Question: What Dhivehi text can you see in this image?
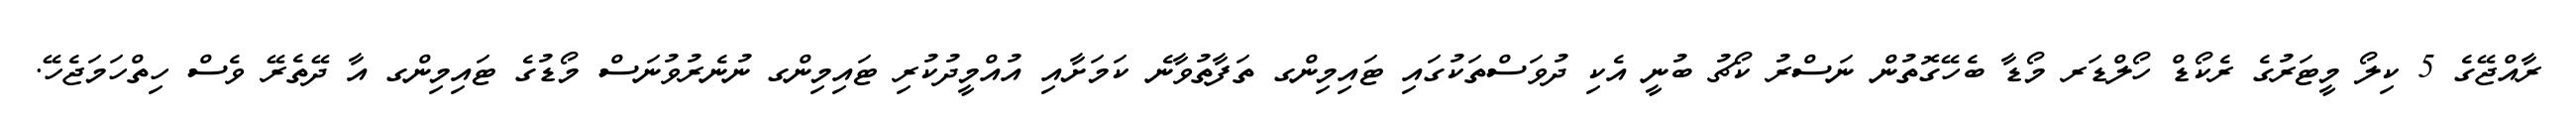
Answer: ރާއްޖޭގެ 5 ކިލޯ މީޓަރުގެ ރެކޯޑް ހޯލްޑަރ މޯޑާ ބެހޭގޮތުން ނަސްރު ކޯޗު ބުނީ އެކި ދުވަސްތަކުގައި ޓައިމިންގ ތަފާތުވާނެ ކަމަށާއި އުއްމީދުކުރި ޓައިމިންގ ނުނެރުވުނަސް މޯޑުގެ ޓައިމިންގ އާ ދޭތެރޭ ވެސް ހިތްހަމަޖެހޭ.